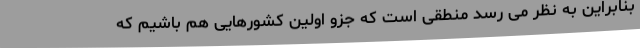
بنابراین به نظر می رسد منطقی است که جزو اولین کشورهایی هم باشیم که